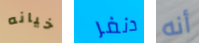
خيانه دنفر أنه